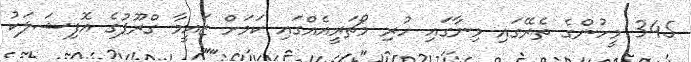
345 މީހުންގެ ތެރޭގައި މިނާގައި ހުރި މޯޗަރީއެއްގައި ކަމަށް ޒައީމާ ގްރޫޕުގެ އޮފިޝަލަކު